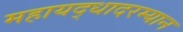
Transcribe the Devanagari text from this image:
महायद्धादरम्यान